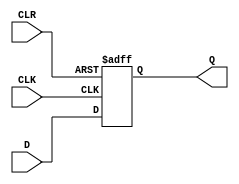
module d_ff_async_clear (
    input D,
    input CLK,
    input CLR,
    output reg Q
);

always @(posedge CLK, negedge CLR)
begin
    if (CLR == 0)
        Q <= 0; // Clear the output
    else
        Q <= D; // Store data on clock edge
end

endmodule